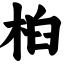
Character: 桕